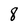
Character: 8